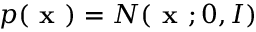
p ( \textbf { x } ) = N ( \textbf { x } ; 0 , I )